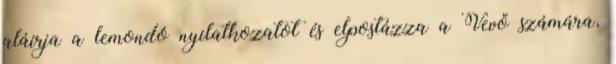
aláírja a lemondó nyilatkozatot és elpostázza a Vevő számára,